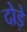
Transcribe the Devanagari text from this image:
दोड़े